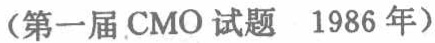
（第一届 CMO 试题 1986 年）